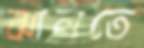
ঝালতে